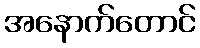
အနောက်တောင်